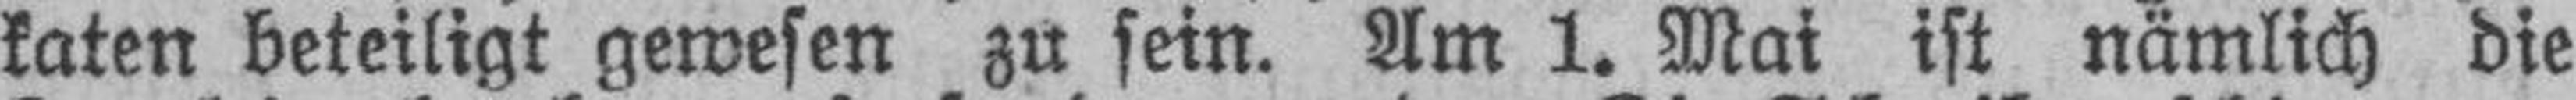
katen beteiligt gewesen zu sein. Am 1. Mai ist nämlich die